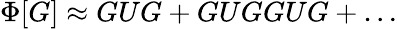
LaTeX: \Phi[G]\approx GUG+GUGGUG+\ldots